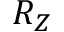
R _ { Z }